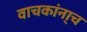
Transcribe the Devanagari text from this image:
वाचकांना्च